Lunatic asylums in Bengal annual reports 1888-1898 - 1888-1898
Year: 1888
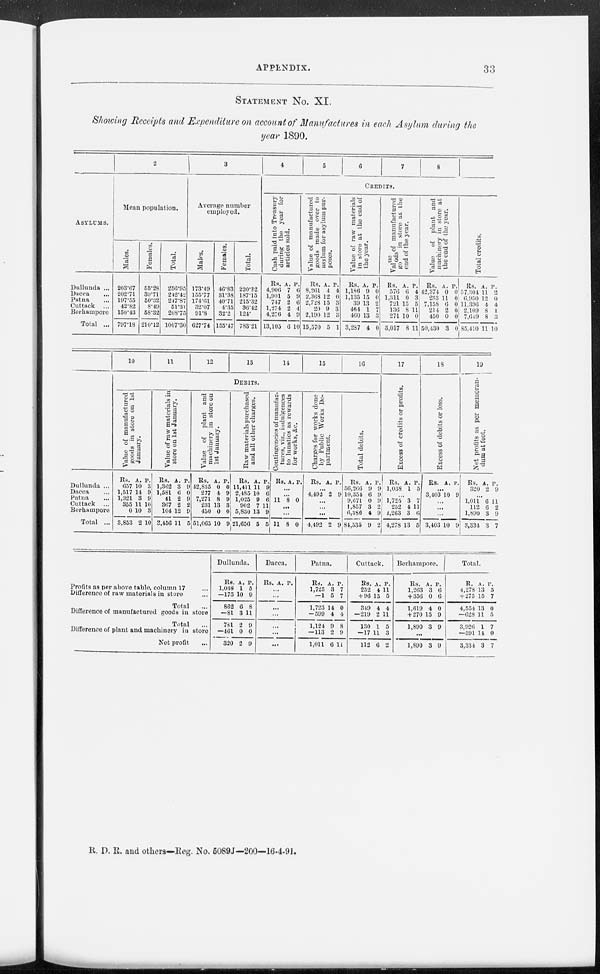
APPENDIX.
33
STATEMENT No. XI.
Showing Receipts and Expenditure on account of Manufactures in each Asylum during the
year 1890.
ASYLUMS.
Dullunda ...
Dacca ...
Patna ...
Cuttack
...
Berhampore ...
Total ...
2
Mean population.
Males.
203.67
202.71
197.55
42.82
150.43
797.18
Females.
53.28
39.71
50.32
8.49
58.32
210.12
Total.
256.95
242.42
247.87
51.31
208.75
1007.30
3
Average number
employed.
Males.
173.49
155.77
174.61
32.07
91.8
627.74
Females.
46.83
31.38
40.71
4.35
32.2
155.47
Total.
220.32
187.15
215.32
36.42
124.
783.21
4
5
6
7
8
CREDITS.
Cash paid into Treasury
during the year for
articles sold.
Rs.
4,906
1,901
747
1,274
4,276
13,105
A.
7
5
2
2
4
6
P.
6
9
6
4
9
10
Value of manufactured
goods made over to
asylum for asylum pur-
poses.
Rs.
8,261
2,368
2,728
20
2,190
15,570
A.
4
12
15
9
12
5
P.
4
0
3
3
3
1
Value of raw materials
in store at the end of
the year.
Rs.
1,186
1,135
39
464
460
3,287
A.
9
15
13
1
13
4
P.
0
0
2
7
3
0
Value
of manufactured
goods
in store at the
end of the year.
Rs.
576
1,311
721
136
271
3,017
A.
6
0
15
8
10
8
P.
4
3
5
11
0
11
Value of plant and
machinery in store at
the end of the year.
Rs.
42,374
233
7,158
214
450
50,430
A.
0
11
6
2
0
3
P.
0
0
0
0
0
0
Total credits.
Rs.
57,304
6,950
11,390
2,109
7,649
85,410
A.
11
12
4
8
8
11
P.
2
0
4
1
3
10
Dullunda ...
Dacca ...
Patna ...
Cuttack
...
Berhampore
Total ...
10
11
12
13
14
15
16
DEBITS.
Value of manufactured
goods in store on 1st
January.
Rs.
657
1,517
1,321
355
0
3,853
A.
10
14
3
11
10
2
P.
3
9
9
10
3
10
Value of raw materials in
store on 1st January.
Rs.
1,362
1,581
41
367
104
3,456
A.
3
6
2
2
12
11
P.
9
0
9
2
9
5
Value of plant and
machinery in store on
1st January.
Rs.
42,835
277
7,271
231
450
51,065
A.
0
4
8
13
0
10
P.
0
9
9
3
0
9
Raw materials purchased
and all other charges.
Rs.
11,411
2,485
1,025
902
5,830
21,656
A.
11
10
9
7
13
5
P.
9
6
6
11
9
5
Contingencies of manufac-
tures, viz., indulgences
to lunatics as rewards
for works, &c.
Rs. A. P.
...
...
11 8 0
...
...
11 8 0
Charges for works done
by Public Works De-
partment.
Rs. A. P.
...
4,492 2 9
...
...
...
4,492 2 9
Total debits.
Rs.
56,266
10,354
9,671
1,857
6,386
84,535
A.
9
6
0
3
4
9
P.
9
9
9
2
9
2
17
Excess of credits or profits.
Rs.
1,038
A.
1
P.
5
...
1,725
252
1,263
4,278
3
4
3
13
7
11
6
5
18
Excess of debits or loss.
Rs. A. P.
...
3,403 10 9
...
...
...
3,403 10 9
19
Net profits as per memoran-
dum at foot.
Rs.
320
A.
2
P.
9
...
1,011
112
1,890
3,334
6
6
3
3
11
2
9
7
Profits as per above table, column 17 ...
Difference of raw materials in store ...
Total ...
Difference of manufactured goods in store
Total ...
Difference of plant and machinery in store
Net profit ...
Dullunda.
Rs.
1,038
—175
862
—81
781
—461
320
A.
1
10
6
3
2
0
2
P.
5
9
8
11
9
0
9
Dacca.
Rs. A. P.
...
...
...
...
...
...
...
Patna.
Rs.
1,725
—1
1,723
—599
1,124
—113
1,011
A.
3
5
14
4
9
2
6
P.
7
7
0
4
8
9
11
Cuttack.
Rs.
252
+ 96
349
—219
130
—17
112
A.
4
15
4
2
1
11
6
P.
11
5
4
11
5
3
2
Berhampore.
Rs.
1,263
+ 356
1,619
+ 270
1,890
A.
3
0
4
15
3
P.
6
6
0
9
9
...
1,890 3 9
Total.
R.
4,278
+ 275
4,554
—628
3,926
—591
3,334
A.
13
15
13
11
1
14
3
P.
5
7
0
5
7
0
7
R. D. R. and others—Reg. No. 5089J—200—16-4-91.